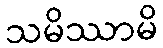
သမိဿာမိ